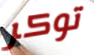
توكر